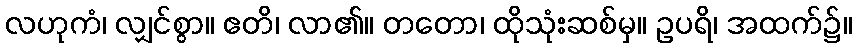
လဟုကံ၊ လျှင်စွာ။ ဧတိ၊ လာ၏။ တတော၊ ထိုသုံးဆစ်မှ။ ဥပရိ၊ အထက်၌။